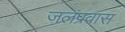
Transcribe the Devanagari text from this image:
जलप्रवास